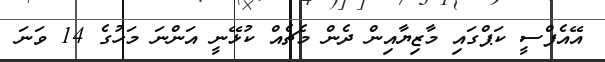
އޭއެފްސީ ކަޕްގައި މާޒިޔާއިން ދެން މެޗެއް ކުޅޭނީ އަންނަ މަހުގެ 14 ވަނަ